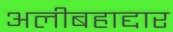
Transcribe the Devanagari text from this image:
अलीबहाद्दार